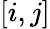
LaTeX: [i,j]